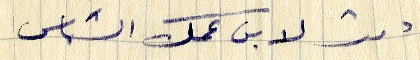
دمت لابن عمك الشماس